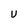
Character: U